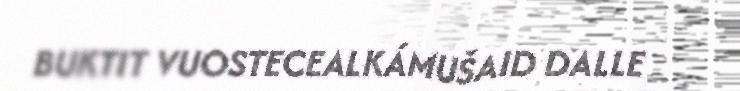
BUKTIT VUOSTECEALKÁMUŠAID DALLE